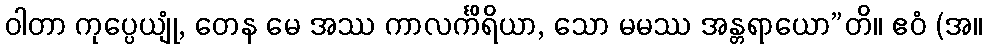
ဝါတာ ကုပ္ပေယျုံ, တေန မေ အဿ ကာလင်္ကိရိယာ, သော မမဿ အန္တရာယော”တိ။ ဧဝံ (အ။